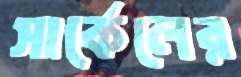
সার্কেলের